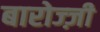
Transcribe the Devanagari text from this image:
बारोज्ज़ी